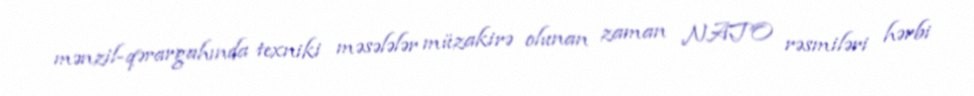
mənzil-qərargahında texniki məsələlər müzakirə olunan zaman NATO rəsmiləri hərbi